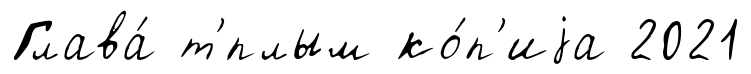
Глава́ т'́плым ко́п'иjа 2021